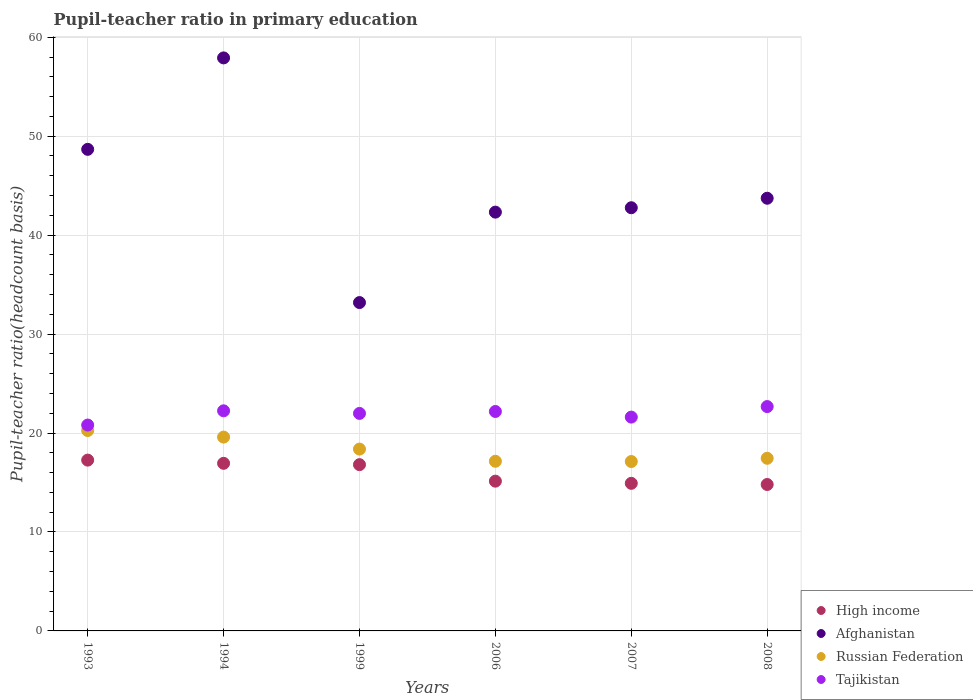
| Years | High income | Afghanistan | Russian Federation | Tajikistan |
 | --- | --- | --- | --- | --- |
 | 1993 | 17.3 | 48.7 | 20.3 | 20.8 |
 | 1994 | 16.9 | 57.9 | 19.6 | 22.2 |
 | 1999 | 16.8 | 33.2 | 18.4 | 22 |
 | 2006 | 15.1 | 42.3 | 17.1 | 22.2 |
 | 2007 | 14.9 | 42.8 | 17.1 | 21.6 |
 | 2008 | 14.8 | 43.7 | 17.4 | 22.7 |